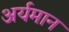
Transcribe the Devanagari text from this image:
अर्यमान